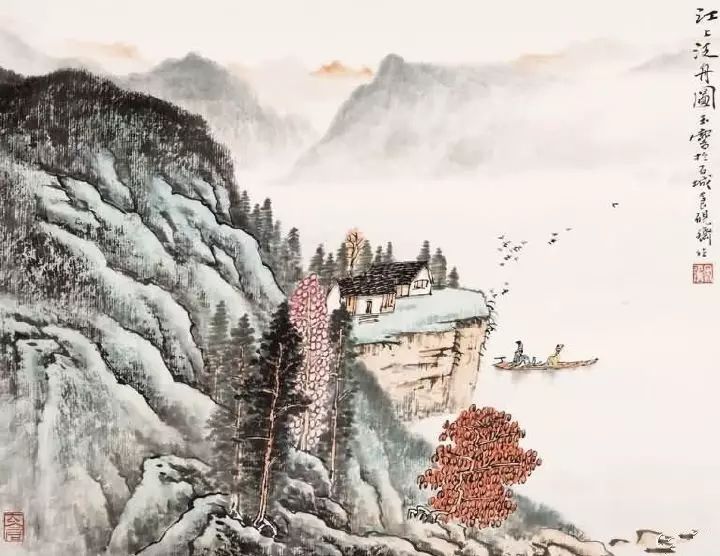
今夜月明人尽望，不知秋思落谁家。